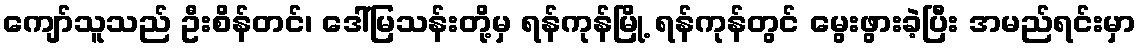
ကျော်သူသည် ဦးစိန်တင်၊ ဒေါ်မြသန်းတို့မှ ရန်ကုန်မြို့ ရန်ကုန်တွင် မွေးဖွားခဲ့ပြီး အမည်ရင်းမှာ